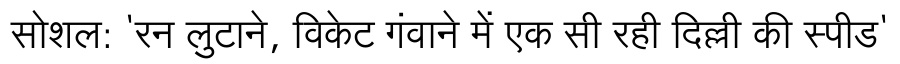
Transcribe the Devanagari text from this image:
सोशल: 'रन लुटाने, विकेट गंवाने में एक सी रही दिल्ली की स्पीड'